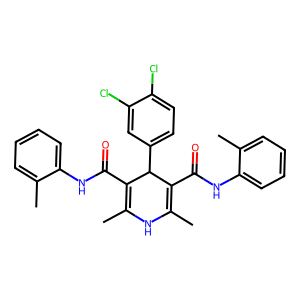
SMILES: CC1=C(C(=O)Nc2ccccc2C)C(c2ccc(Cl)c(Cl)c2)C(C(=O)Nc2ccccc2C)=C(C)N1
Inhibits HIV replication: No